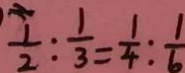
\frac { 1 } { 2 } : \frac { 1 } { 3 } = \frac { 1 } { 4 } : \frac { 1 } { 6 }